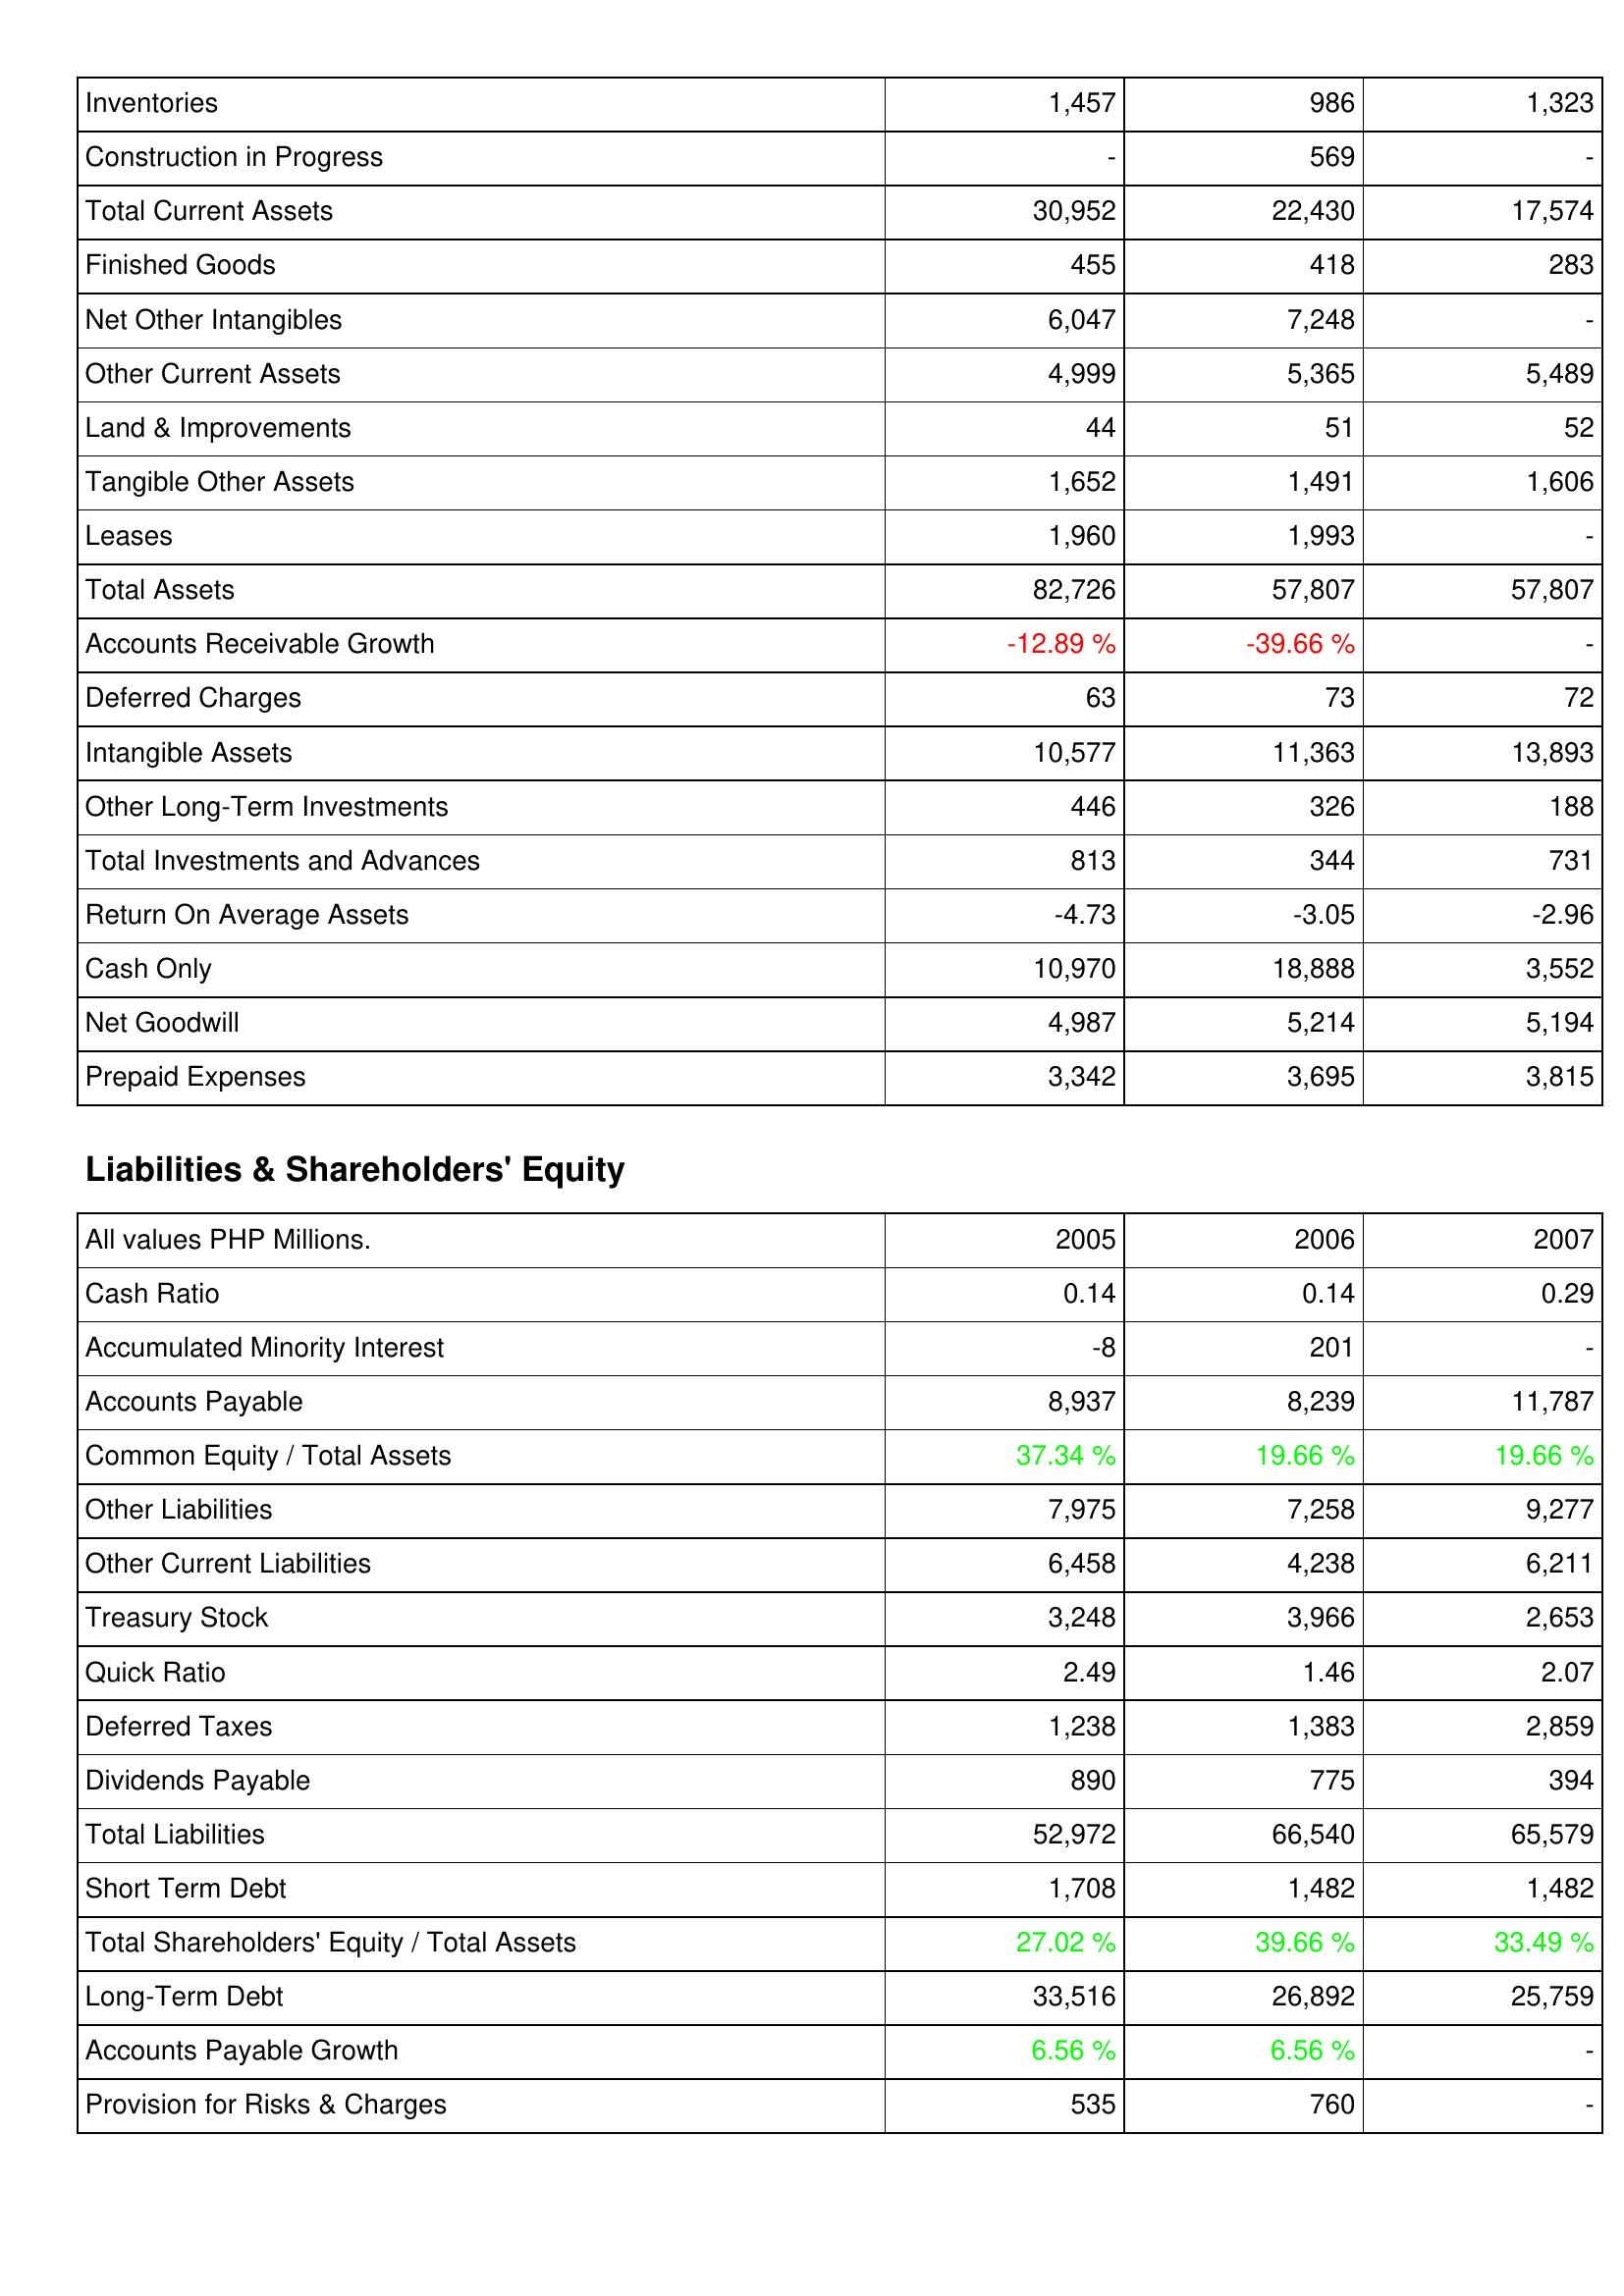
2005: Assets: Inventories: 1,457
Construction in Progress: -
Total Current Assets: 30,952
Finished Goods: 455
Net Other Intangibles: 6,047
Other Current Assets: 4,999
Land & Improvements: 44
Tangible Other Assets: 1,652
Leases: 1,960
Total Assets: 82,726
Accounts Receivable Growth: -12.89 %
Deferred Charges: 63
Intangible Assets: 10,577
Other Long-Term Investments: 446
Total Investments and Advances: 813
Return On Average Assets: -4.73
Cash Only: 10,970
Net Goodwill: 4,987
Prepaid Expenses: 3,342
Liabilities & Shareholders' Equity: Cash Ratio: 0.14
Accumulated Minority Interest: -8
Accounts Payable: 8,937
Common Equity / Total Assets: 37.34 %
Other Liabilities: 7,975
Other Current Liabilities: 6,458
Treasury Stock: 3,248
Quick Ratio: 2.49
Deferred Taxes: 1,238
Dividends Payable: 890
Total Liabilities: 52,972
Short Term Debt: 1,708
Total Shareholders' Equity / Total Assets: 27.02 %
Long-Term Debt: 33,516
Accounts Payable Growth: 6.56 %
Provision for Risks & Charges: 535
2006: Assets: Inventories: 986
Construction in Progress: 569
Total Current Assets: 22,430
Finished Goods: 418
Net Other Intangibles: 7,248
Other Current Assets: 5,365
Land & Improvements: 51
Tangible Other Assets: 1,491
Leases: 1,993
Total Assets: 57,807
Accounts Receivable Growth: -39.66 %
Deferred Charges: 73
Intangible Assets: 11,363
Other Long-Term Investments: 326
Total Investments and Advances: 344
Return On Average Assets: -3.05
Cash Only: 18,888
Net Goodwill: 5,214
Prepaid Expenses: 3,695
Liabilities & Shareholders' Equity: Cash Ratio: 0.14
Accumulated Minority Interest: 201
Accounts Payable: 8,239
Common Equity / Total Assets: 19.66 %
Other Liabilities: 7,258
Other Current Liabilities: 4,238
Treasury Stock: 3,966
Quick Ratio: 1.46
Deferred Taxes: 1,383
Dividends Payable: 775
Total Liabilities: 66,540
Short Term Debt: 1,482
Total Shareholders' Equity / Total Assets: 39.66 %
Long-Term Debt: 26,892
Accounts Payable Growth: 6.56 %
Provision for Risks & Charges: 760
2007: Assets: Inventories: 1,323
Construction in Progress: -
Total Current Assets: 17,574
Finished Goods: 283
Net Other Intangibles: -
Other Current Assets: 5,489
Land & Improvements: 52
Tangible Other Assets: 1,606
Leases: -
Total Assets: 57,807
Accounts Receivable Growth: -
Deferred Charges: 72
Intangible Assets: 13,893
Other Long-Term Investments: 188
Total Investments and Advances: 731
Return On Average Assets: -2.96
Cash Only: 3,552
Net Goodwill: 5,194
Prepaid Expenses: 3,815
Liabilities & Shareholders' Equity: Cash Ratio: 0.29
Accumulated Minority Interest: -
Accounts Payable: 11,787
Common Equity / Total Assets: 19.66 %
Other Liabilities: 9,277
Other Current Liabilities: 6,211
Treasury Stock: 2,653
Quick Ratio: 2.07
Deferred Taxes: 2,859
Dividends Payable: 394
Total Liabilities: 65,579
Short Term Debt: 1,482
Total Shareholders' Equity / Total Assets: 33.49 %
Long-Term Debt: 25,759
Accounts Payable Growth: -
Provision for Risks & Charges: -